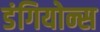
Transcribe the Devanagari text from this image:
डंगियोन्स